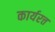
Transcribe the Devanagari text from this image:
कार्यरत्त